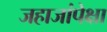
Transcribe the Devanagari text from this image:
जहाजांपेक्षा